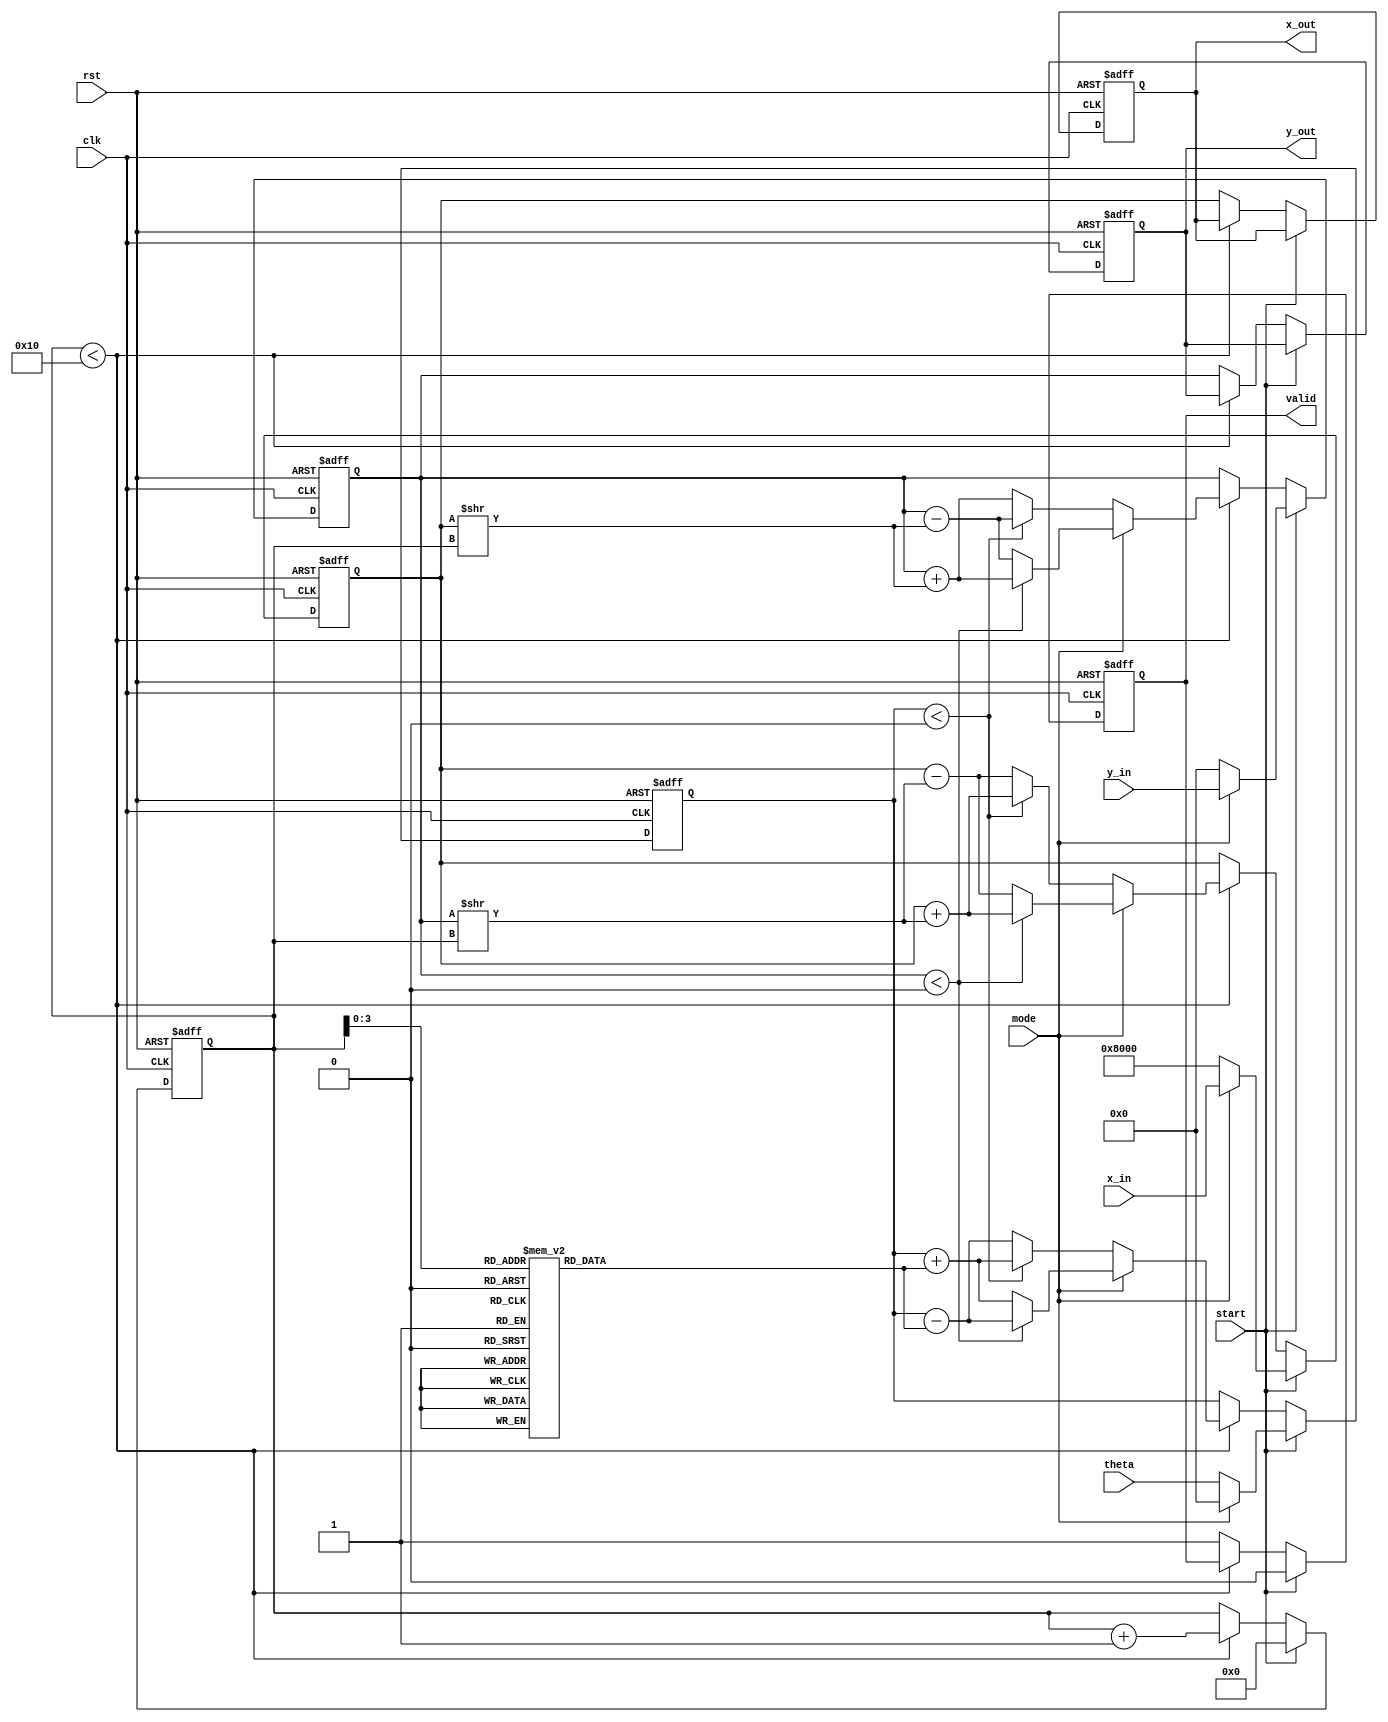
module cordic_fixed_point #(
    parameter WIDTH = 16,          // Width of fixed-point representation
    parameter ITERATIONS = 16      // Number of CORDIC iterations
) (
    input wire clk,
    input wire rst,
    input wire mode,               // 0 for rotation mode, 1 for vectoring mode
    input wire [WIDTH-1:0] x_in,   // X input (for vectoring mode)
    input wire [WIDTH-1:0] y_in,   // Y input (for vectoring mode)
    input wire [WIDTH-1:0] theta,   // Angle input (for rotation mode)
    input wire start,
    output reg [WIDTH-1:0] x_out,  // X output
    output reg [WIDTH-1:0] y_out,  // Y output
    output reg valid                // Output valid signal
);

    // CORDIC constants
    reg [WIDTH-1:0] atan_table [0:ITERATIONS-1];
    initial begin
        // Initialize arctangent values for the CORDIC algorithm
        atan_table[0] = 16'h0000; // atan(0)
        atan_table[1] = 16'h2000; // atan(1/2^1)
        atan_table[2] = 16'h199A; // atan(1/2^2)
        atan_table[3] = 16'h1341; // atan(1/2^3)
        atan_table[4] = 16'h0A3D; // atan(1/2^4)
        atan_table[5] = 16'h0516; // atan(1/2^5)
        atan_table[6] = 16'h028F; // atan(1/2^6)
        atan_table[7] = 16'h0149; // atan(1/2^7)
        atan_table[8] = 16'h00A2; // atan(1/2^8)
        atan_table[9] = 16'h0051; // atan(1/2^9)
        atan_table[10] = 16'h0028; // atan(1/2^10)
        atan_table[11] = 16'h0014; // atan(1/2^11)
        atan_table[12] = 16'h000A; // atan(1/2^12)
        atan_table[13] = 16'h0005; // atan(1/2^13)
        atan_table[14] = 16'h0002; // atan(1/2^14)
        atan_table[15] = 16'h0001; // atan(1/2^15)
    end

    reg [WIDTH-1:0] x_reg, y_reg, z_reg;
    reg [4:0] i; // Iteration counter

    always @(posedge clk or posedge rst) begin
        if (rst) begin
            x_out <= 0;
            y_out <= 0;
            valid <= 0;
            i <= 0;
            x_reg <= 0;
            y_reg <= 0;
            z_reg <= 0;
        end else if (start) begin
            if (mode == 0) begin // Rotation Mode
                x_reg <= WIDTH'h1 << (WIDTH-1); // Initial x = 1.0
                y_reg <= 0; // Initial y = 0
                z_reg <= theta; // Input angle
                i <= 0;
                valid <= 0;
            end else begin // Vectoring Mode
                x_reg <= x_in; // Input x
                y_reg <= y_in; // Input y
                z_reg <= 0; // Initial angle
                i <= 0;
                valid <= 0;
            end
        end else if (i < ITERATIONS) begin
            if (mode == 0) begin // Rotation Mode
                if (z_reg < 0) begin
                    x_reg <= x_reg + (y_reg >> i);
                    y_reg <= y_reg - (x_reg >> i);
                    z_reg <= z_reg + atan_table[i];
                end else begin
                    x_reg <= x_reg - (y_reg >> i);
                    y_reg <= y_reg + (x_reg >> i);
                    z_reg <= z_reg - atan_table[i];
                end
            end else begin // Vectoring Mode
                if (y_reg < 0) begin
                    x_reg <= x_reg + (y_reg >> i);
                    y_reg <= y_reg + (x_reg >> i);
                    z_reg <= z_reg - atan_table[i];
                end else begin
                    x_reg <= x_reg - (y_reg >> i);
                    y_reg <= y_reg - (x_reg >> i);
                    z_reg <= z_reg + atan_table[i];
                end
            end
            i <= i + 1;
        end else begin
            x_out <= x_reg;
            y_out <= y_reg;
            valid <= 1;
        end
    end
endmodule